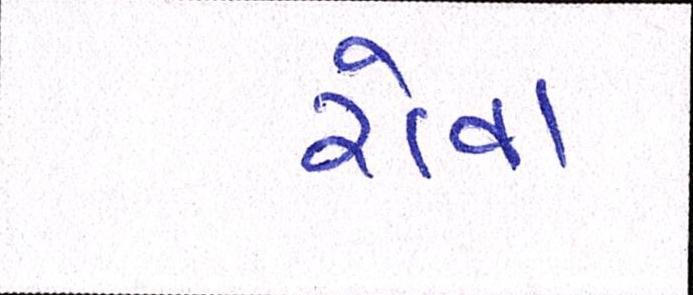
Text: રોવા